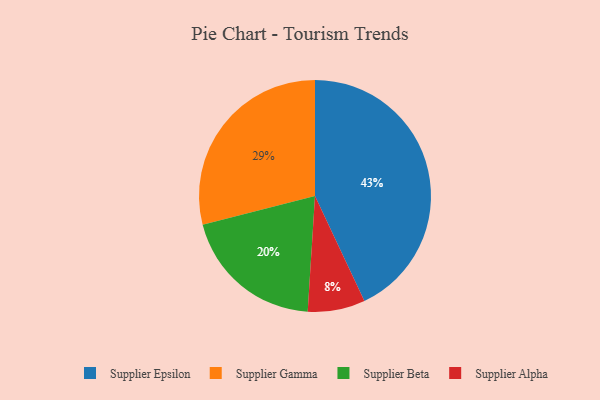
{"axis": {"x": "Category", "y": "Percentage"}, "legend": ["Supplier Alpha", "Supplier Beta", "Supplier Epsilon", "Supplier Gamma"], "data": [{"x": "Supplier Alpha", "y": 8, "type": "Supplier Alpha"}, {"x": "Supplier Gamma", "y": 29, "type": "Supplier Gamma"}, {"x": "Supplier Epsilon", "y": 43, "type": "Supplier Epsilon"}, {"x": "Supplier Beta", "y": 20, "type": "Supplier Beta"}]}